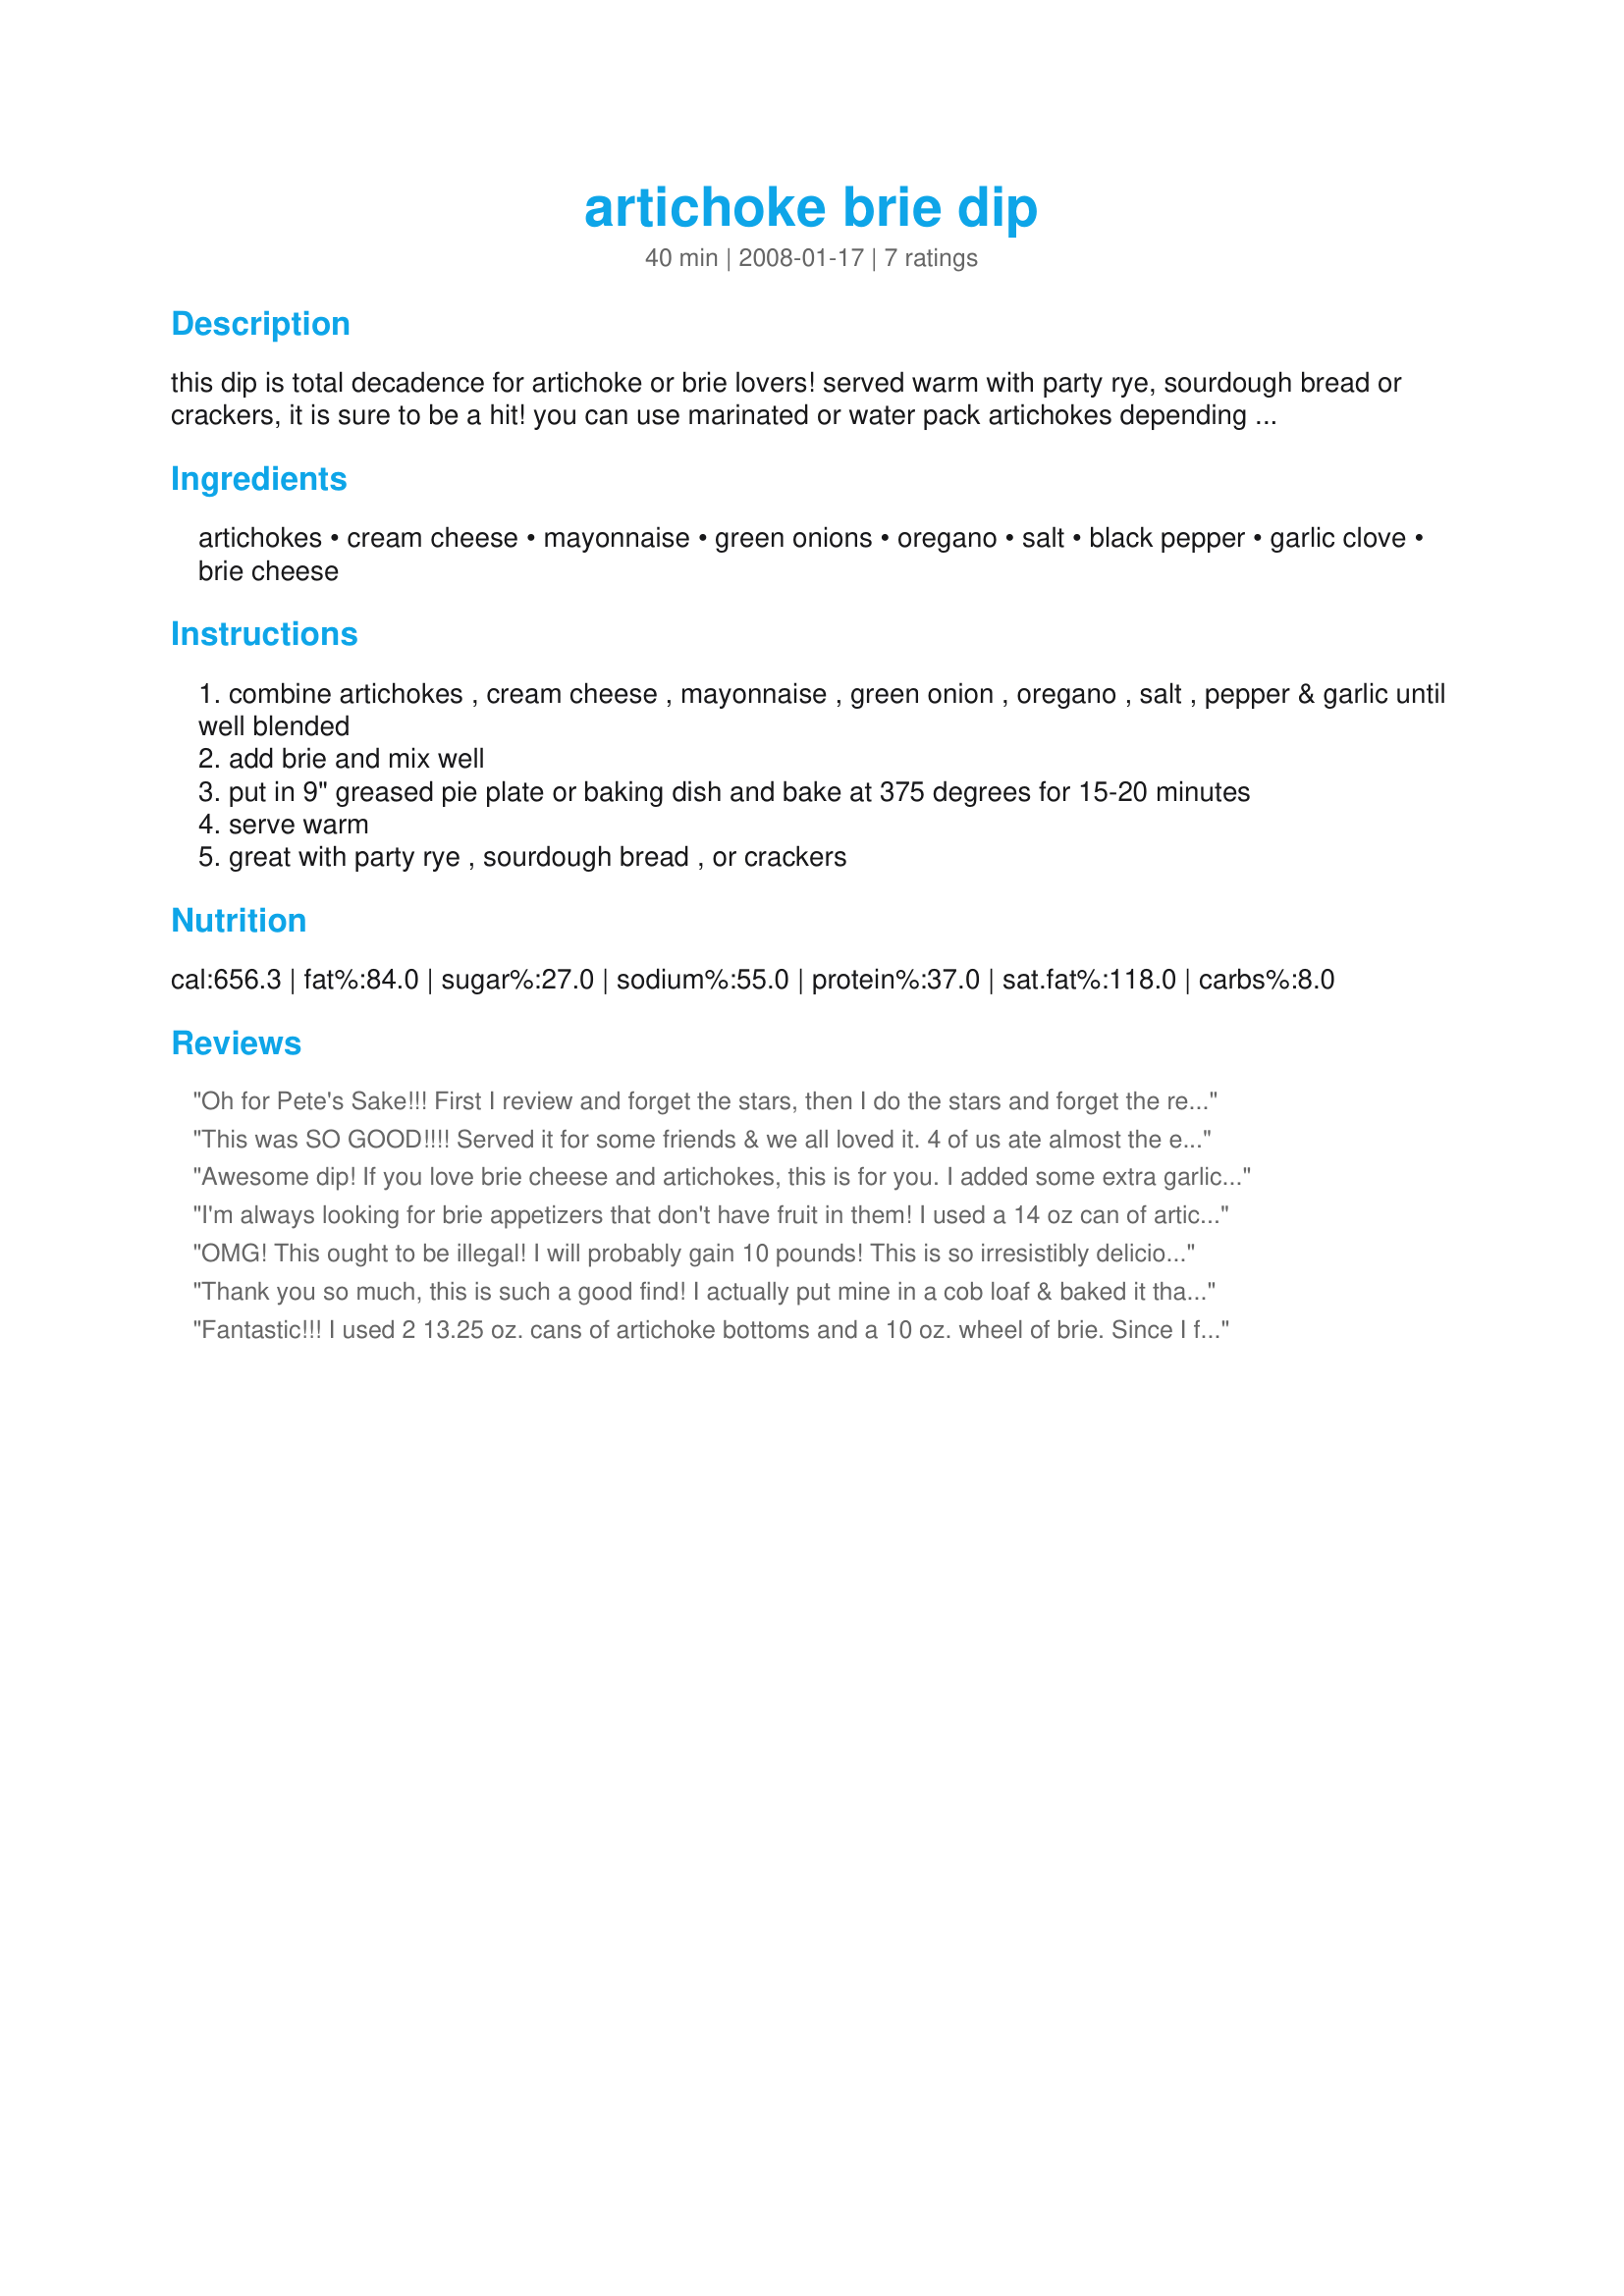
artichoke brie dip
Preparation time: 40 minutes

this dip is total decadence for artichoke or brie lovers! served warm with party rye, sourdough bread or crackers, it is sure to be a hit! you can use marinated or water pack artichokes depending on your personal preference. i remove the rind from the brie prior to use.

Ingredients:
artichokes, cream cheese, mayonnaise, green onions, oregano, salt, black pepper, garlic clove, brie cheese

Steps:
combine artichokes , cream cheese , mayonnaise , green onion , oregano , salt , pepper & garlic until well blended
add brie and mix well
put in 9" greased pie plate or baking dish and bake at 375 degrees for 15-20 minutes
serve warm
great with party rye , sourdough bread , or crackers

Reviews:
Oh for Pete's Sake!!! First I review and forget the stars, then I do the stars and forget the review!! Well, third times the charm (I hope). Really great recipe. I love the combination of flavors. I used the plain artichokes without the brine and used reduced fat cream cheese (not that it matters with all the other good stuff). It turned out great and was really good on pary rye and party wheat breads. Thank you, and sorry for all the trouble getting this right.
This was SO GOOD!!!! Served it for some friends & we all loved it. 4 of us ate almost the entire thing. It was so good on toasted bread, but also very good on crackers. And the very little that was left, was still good cold on crackers the next day. Thank you so, so much for sharing this. I can't wait to make it again.
Awesome dip! If you love brie cheese and artichokes, this is for you. I added some extra garlic but that's all I did differently. Thanx for sharing!
I'm always looking for brie appetizers that don't have fruit in them! I used a 14 oz can of artichokes (I don't care for the oil from the jarred kind) and cut the black pepper in half because my tongue is sensitive to the heat. I found it to be a little too salty and the pepper burned just a bit. I also wasn't crazy about a full cup of warmed up mayo... it has an odd taste in mass quantity. The second time, I used half mayo and half sour cream and greatly preferred it. I only used 1/4 tsp salt, which was just right. I took the pepper down to 1/8 tsp and decided that was too little. The black pepper flavor is an essential part of this recipe - it melds surprisingly well with the brie. I will increase it next time. Oh, and cutting the rind off the brie is just a waste of time - just put it all in!
OMG! This ought to be illegal! I will probably gain 10 pounds! This is so irresistibly delicious that I just couldn't stop eating it! Needless to say, next time I make it, I'll be having company or taking it somewhere so I don't eat it all! Thanks for a new 'eating vice'!
Thank you so much, this is such a good find! I actually put mine in a cob loaf & baked it that way. I scooped out the inside of the cob & served it with the extra cooked bread. My guests then started ripping the loaf (bowl) & using that. EVERYONE asked for the recipe.
I didn't bother taking the rind off the brie cheese either.
WONDERFUL DIP!!!!
Fantastic!!! I used 2 13.25 oz. cans of artichoke bottoms and a 10 oz. wheel of brie. Since I forgot to buy the green onions, I added 1/2 tsp of onion powder to the mixture. I served this as an appetizer with crackers before dinner last night and we absolutely loved it! Thanks for sharing another super dip recipe, Jeanne! **Made for Spring PAC 2008**
